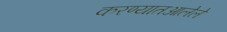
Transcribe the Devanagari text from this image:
करण्यातआलेले